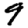
Digit: 9